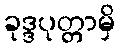
ခုဒ္ဒပုတ္တာမှိ